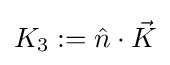
K_{3}:={\hat {n}}\cdot {\vec {K}}